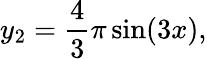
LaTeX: y_{2}=\frac{4}{3}\pi\sin(3x),